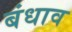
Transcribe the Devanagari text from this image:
बंधाव